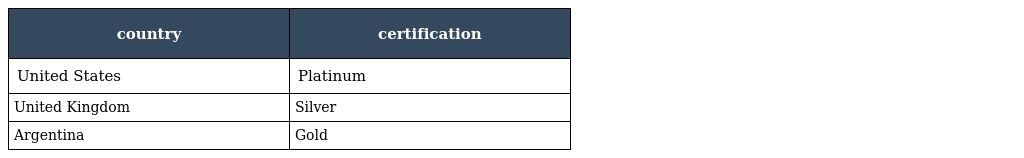
| country | certification |
 | --- | --- |
 | United States | Platinum |
 | United Kingdom | Silver |
 | Argentina | Gold |